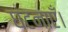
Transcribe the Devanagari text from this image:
घटनाएँ।